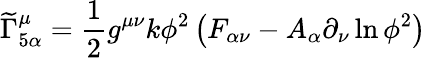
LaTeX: {\widetilde{\Gamma}}_{5\alpha}^{\mu}={\frac{1}{2}}g^{\mu\nu}k\phi^{2}\left(F_{\alpha\nu}-A_{\alpha}\partial_{\nu}\ln\phi^{2}\right)